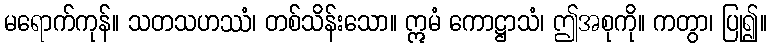
မရောက်ကုန်။ သတသဟဿံ၊ တစ်သိန်းသော။ ဣမံ ကောဋ္ဌာသံ၊ ဤအစုကို။ ကတွာ၊ ပြု၍။